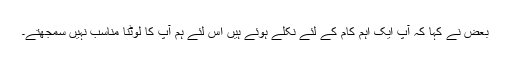
بعض نے کہا کہ آپ ایک اہم کام کے لئے نکلے ہوئے ہیں اس لئے ہم آپ کا لوٹنا مناسب نہیں سمجھتے۔